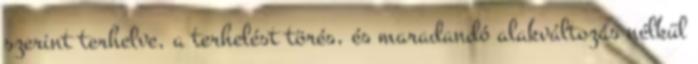
szerint terhelve, a terhelést törés, és maradandó alakváltozás nélkül